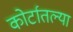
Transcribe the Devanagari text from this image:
कोर्टातल्या